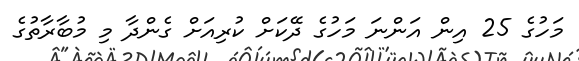
މަހުގެ 25 އިން އަންނަ މަހުގެ ދޭކަށް ކުރިއަށް ގެންދާ މި މުބާރާތުގެ